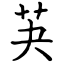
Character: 芵